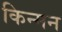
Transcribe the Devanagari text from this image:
किन्मन